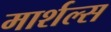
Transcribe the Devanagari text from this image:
मार्शल्स